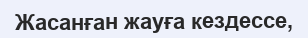
Жасанған жауға кездессе,